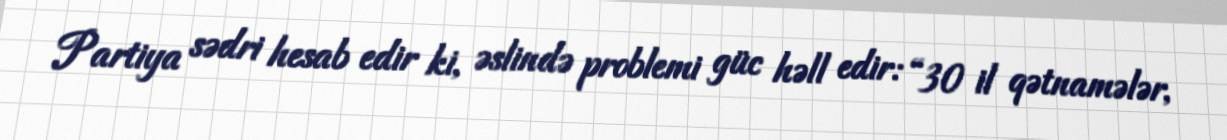
Partiya sədri hesab edir ki, əslində problemi güc həll edir: “30 il qətnamələr,